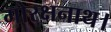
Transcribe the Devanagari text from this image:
गोरक्षनाथ।